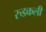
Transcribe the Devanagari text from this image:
रुडकली